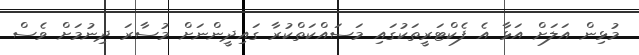
މުޅިން އަލަށް އަޅާ އެ ފެކްޓަރީތަކުގައި މަސައްކަތްކުރާ ގައިދީންނަށް މުސާރަ ދިނުމަށް ވެސް